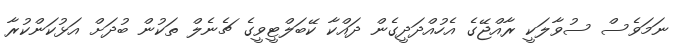
ނަމަވެސް ސުވާލަކީ ރާއްޖޭގެ އެހުއްދަދީގެން ދައްކާ ކޭބަލްޓީވީގެ ޗެނެލް ތަކުން ބުދަށް އަޅުކަންކުރާ